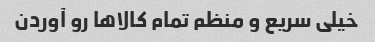
خیلی سریع و منظم تمام کالاها رو آوردن